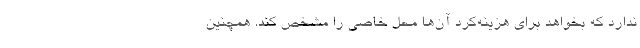
ندارد که بخواهد برای هزینه‌کرد آن‌ها محل خاصی را مشخص کند. همچنین